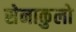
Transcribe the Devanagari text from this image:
सेनाकुलो